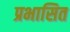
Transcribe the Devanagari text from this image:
प्रभासित